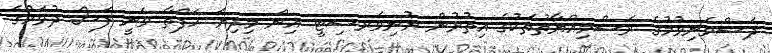
ދަސްވެނިވުމުގެ ރަސްމިއްޔާތުތަކުގެ އިތުރުން ޔުނިވަރސިޓީ އިން މިދިޔަ ހަފްތާ ވަނީ ފަސް ދުވަހުގެ